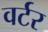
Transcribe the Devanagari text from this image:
वर्टर